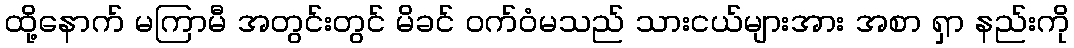
ထို့နောက် မကြာမီ အတွင်းတွင် မိခင် ဝက်ဝံမသည် သားငယ်များအား အစာ ရှာ နည်းကို